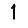
Digit: 1